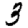
Digit: 3